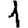
Digit: 1